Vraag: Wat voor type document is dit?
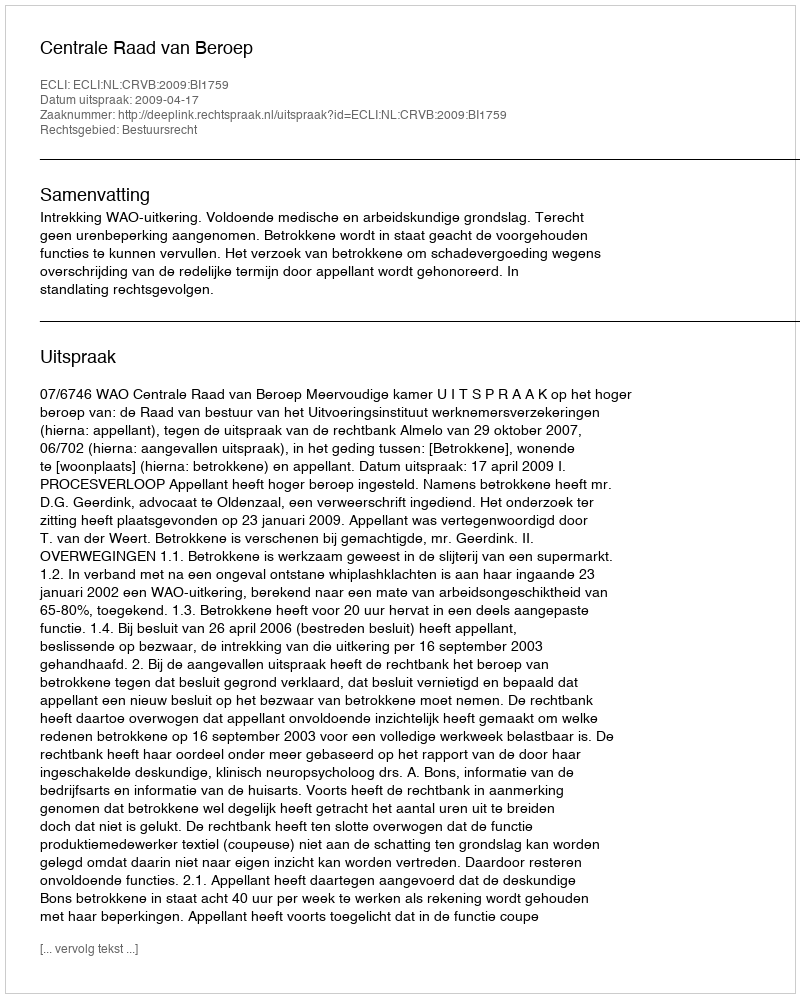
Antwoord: Uitspraak